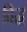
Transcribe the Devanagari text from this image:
बिद्ध